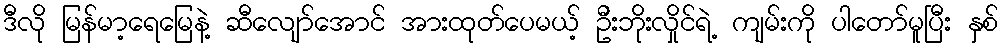
ဒီလို မြန်မာ့ရေမြေနဲ့ ဆီလျော်အောင် အားထုတ်ပေမယ့် ဦးဘိုးလှိုင်ရဲ့ ကျမ်းကို ပါတော်မူပြီး နှစ်